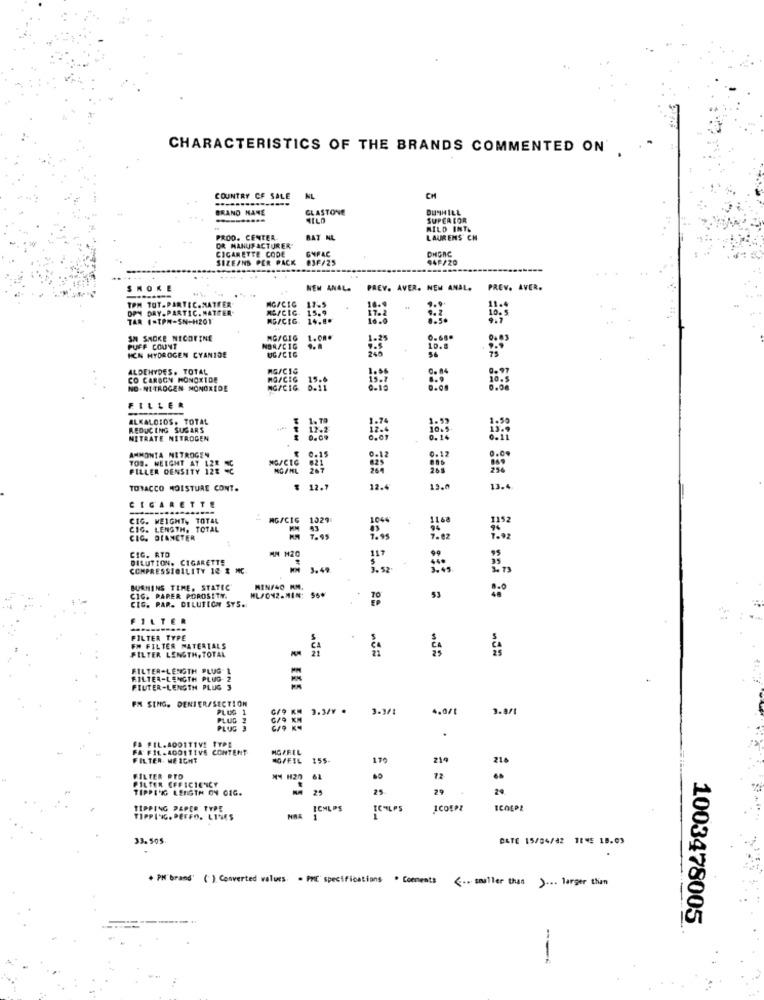
CHARACTERISTICS OF THE BRANDS COMMENTED ON.
COUNTRY OF SALE
NL
CH
BRAND HANE
GLASTONE
DUNHILL
SUPERIOR
MILD INT.
PROD. CENTER
BAT NL
LAURENS CH
OR MANUFACTURER"
CIGARETTE CODE
GNFAC
DHGRC
SIZE/NS PER PACK
03F/25
94F/20
SMOKE
NEW ANAL.
PREV. AVER. NEW ANAL.
PREV. AVER.
TPM TOT.PARTEC. MATTER"
MG/CIC
DPM DAY.PARTIC. NATPER-
17.5
15.9
16.
17.2
10.
TAR (-TPN-SN-H201
MG/CIG
14.8.
8.5
SM SMOKE NICOTINE
MG/GIG
1.08.
1.25
0.68.
PUFF COUNT
NBA/CIG
UG/CTG
246
HCN HYDROGEN CYANIDE
ALDEHYDES. TOTAL
CO CARBON MONOXIDE
MO/CIG
15.4
10.5
NO.NITROGEN MONOXIDE
MG/CIG.
FILLER
ALKALOIDS. TOTAL
REDUCING SUGARS
12.2
NITRATE NITROGEN
0.14
AMMONTA NITROGEN
NG/CIC
TOS. WEIGHT AT LZE SC
FILLER DENSITY 128
TOBACCO MOISTURE CONT.
₹ 12.7
12.
13.0
CIGARETTE
---
CIG. WEIGHT, TOTAL
MG/CIG
1929
1049
1168
CIG. LENGTH. TOTAL
CIC. DIANCTER
7.95
CIG. RTO
AN #20
DILUTION. CIGARETTE
117
COMPRESSIBILITY 10 & MC
3.49
BURNINS TIME, STATEC
MIN/40 KM.
CIG. PARER POROSITY.
CIG. PAR. CELUTION SYS.
ML/042.MIN: S6*
70
53
FILTE
FILTER TYPE
FILTER LENGTH, TOTAL
FM FILTER MATERIALS
FILTER-LENGTH PLUG- 1
FILTER-LENGTH PLUG
FILTER-LENGTH PLUS 3
Ę ERE
FX SING. DENTER/SECTION
PLUG 1
3.3/4 .
3.3/1
4,0/1
3.0/1
PLUG
PLUG 3
FA FIL.SOOTTIVE TYPE
FA FIL.400111VS CONTENT
MGRFIL
FILTER. ME IGHT
NO/FIL
155
176
214
216
FILTER PTO
FILTER EFFICIENCY
* H20
61
72
..
TIPPIG LENGTH ON CIG.
25
25
29
24
TIPPING PEPER TYPE
ICHLOS
ICHILPS
ICOUPE
ICOEPE
TIPPING. PEFFO. LINES
33.505
DATE 15/04/42 TIME 18.03
. PH Brand' ( ) Converted values. . PME specifications . Comments <.. smaller than
) ... larger than
1003478005
---